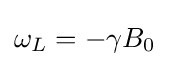
\omega _{L}=-\gamma B_{0}